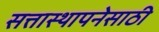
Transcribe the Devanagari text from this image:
सत्तास्थापनेसाठी